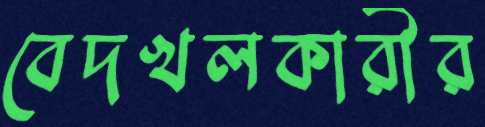
বেদখলকারীর